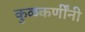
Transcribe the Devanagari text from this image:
कुळकर्णींनी